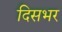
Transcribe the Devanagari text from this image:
दिसभर